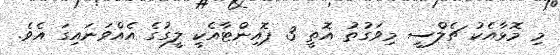
މި މޮޅާއެކު ޗެލްސީ މިވަގުތު އޮތީ 3 ޕޮއިންޓާއެކީ ލީގުގެ އެއްވަނައިގަ އެވެ.